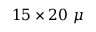
1 5 \times 2 0 ~ \mu